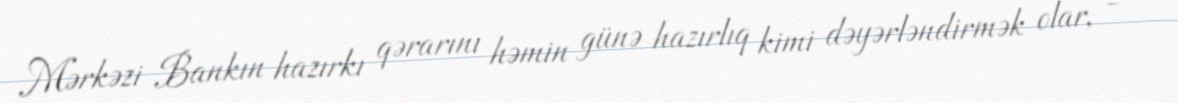
Mərkəzi Bankın hazırkı qərarını həmin günə hazırlıq kimi dəyərləndirmək olar, -